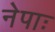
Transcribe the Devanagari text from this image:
नेपाः